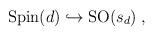
LaTeX: \begin{align*}{\rm Spin}(d)\hookrightarrow{\rm SO}(s_d)\;,\end{align*}